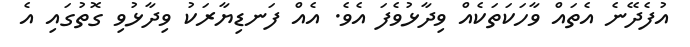
އުފެދޭނެ އެތައް ވާހަކަތަކެއް ވިދާޅުވެފަ އެވެ. އެއް ފަނޑިޔާރަކު ވިދާޅުވި ގޮތުގައި އެ